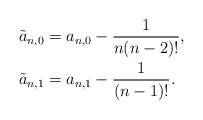
\begin{align*} \tilde{a}_{n,0}&=a_{n,0}-\frac{1}{n(n-2)!},\\ \tilde{a}_{n,1}&=a_{n,1}-\frac{1}{(n-1)!}.\end{align*}